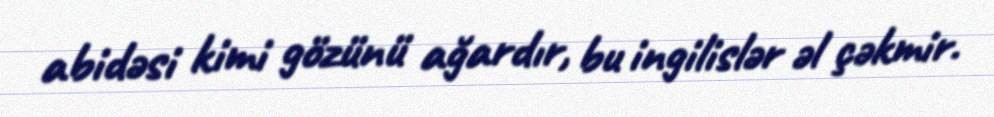
abidəsi kimi gözünü ağardır, bu ingilislər əl çəkmir.